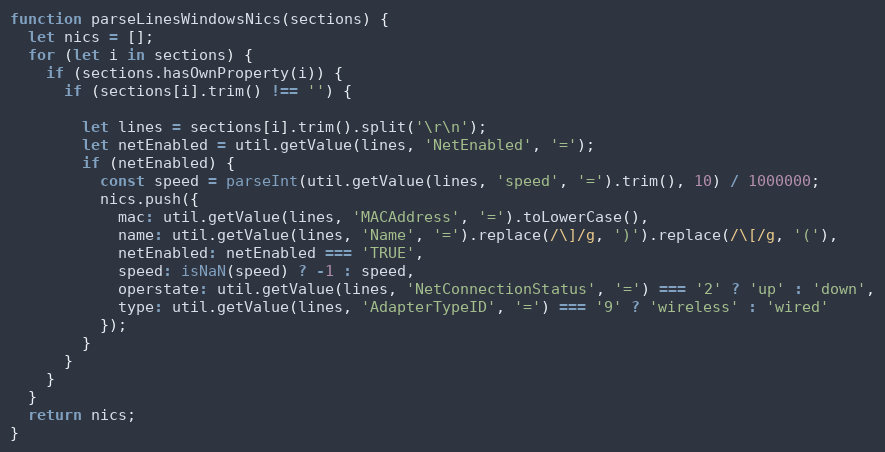
Language: JavaScript
function parseLinesWindowsNics(sections) {
  let nics = [];
  for (let i in sections) {
    if (sections.hasOwnProperty(i)) {
      if (sections[i].trim() !== '') {

        let lines = sections[i].trim().split('\r\n');
        let netEnabled = util.getValue(lines, 'NetEnabled', '=');
        if (netEnabled) {
          const speed = parseInt(util.getValue(lines, 'speed', '=').trim(), 10) / 1000000;
          nics.push({
            mac: util.getValue(lines, 'MACAddress', '=').toLowerCase(),
            name: util.getValue(lines, 'Name', '=').replace(/\]/g, ')').replace(/\[/g, '('),
            netEnabled: netEnabled === 'TRUE',
            speed: isNaN(speed) ? -1 : speed,
            operstate: util.getValue(lines, 'NetConnectionStatus', '=') === '2' ? 'up' : 'down',
            type: util.getValue(lines, 'AdapterTypeID', '=') === '9' ? 'wireless' : 'wired'
          });
        }
      }
    }
  }
  return nics;
}